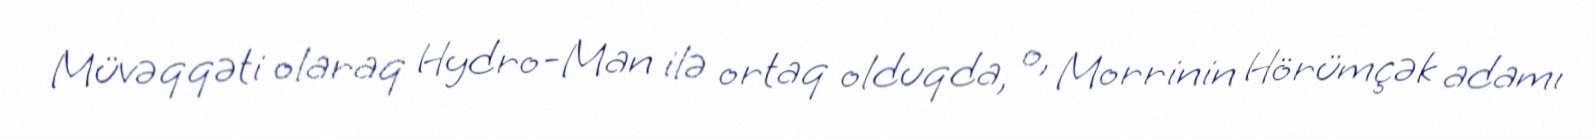
Müvəqqəti olaraq Hydro-Man ilə ortaq olduqda, o, Morrinin Hörümçək adamı